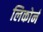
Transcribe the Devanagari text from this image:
लिकोर्न